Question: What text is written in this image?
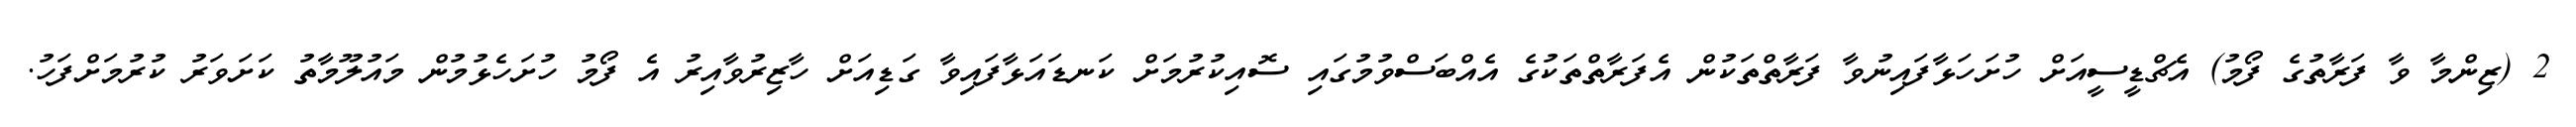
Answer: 2 (ޒިންމާ ވާ ފަރާތުގެ ފޯމު) އެޗްޑީސީއަށް ހުށަހަޅާފައިނުވާ ފަރާތްތަކުން އެފަރާތްތަކުގެ އެއްބަސްވުމުގައި ސޮއިކުރުމަށް ކަނޑައަޅާފައިވާ ގަޑިއަށް ހާޒިރުވާއިރު އެ ފޯމު ހުށަހެޅުމުން މައުލޫމާތު ކަށަވަރު ކުރުމަށްފަހު.